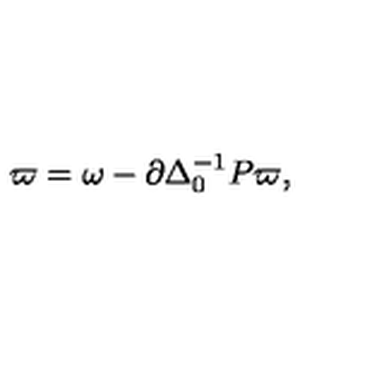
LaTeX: \varpi = \omega - \partial \Delta _ { 0 } ^ { - 1 } P \varpi ,